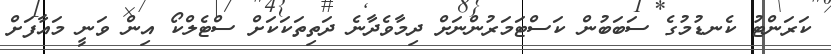
ކަރަންޓު ކެނޑުމުގެ ސަބަބުން ކަސްޓަމަރުންނަށް ދިމާވެދާނެ ދަތިތަކަކަށް ސްޓެލްކޯ އިން ވަނީ މައާފަށް